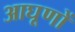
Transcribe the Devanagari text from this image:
आघूणों